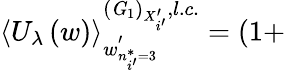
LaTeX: \left\langle U_{\lambda}\left(w\right)\right\rangle_{w_{n_{i^{\prime}}^{*}=3}^{\prime}}^{\left({\mathit G}_{1}\right)_{X_{i^{\prime}}^{\prime}},l.c.}=\left(1+\right.